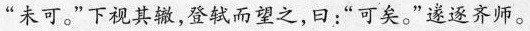
“未可。”下视其辙，登轼而望之，曰：“可矣。”遂逐齐师。